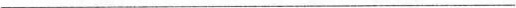
___